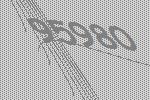
95980